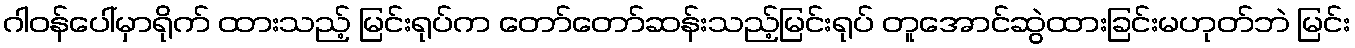
ဂါဝန်ပေါ်မှာရိုက် ထားသည့် မြင်းရုပ်က တော်တော်ဆန်းသည့်မြင်းရုပ် တူအောင်ဆွဲထားခြင်းမဟုတ်ဘဲ မြင်း